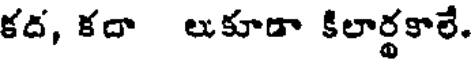
కద, కదా లుకూడా కిలార్థకాలే.